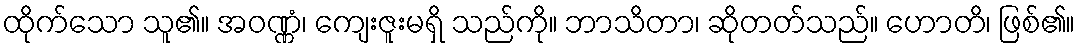
ထိုက်သော သူ၏။ အဝဏ္ဏံ၊ ကျေးဇူးမရှိ သည်ကို။ ဘာသိတာ၊ ဆိုတတ်သည်။ ဟောတိ၊ ဖြစ်၏။